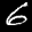
Label: 6